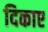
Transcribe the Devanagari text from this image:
दिकाए